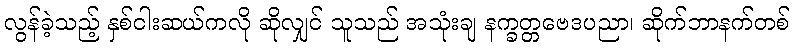
လွန်ခဲ့သည့် နှစ်ငါးဆယ်ကလို ဆိုလျှင် သူသည် အသုံးချ နက္ခတ္တဗေဒပညာ၊ ဆိုက်ဘာနက်တစ်